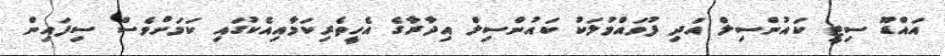
އައްޑޫ ސިޓީ ކައުންސިލް އަދި ފުވައްމުލަކު ކައުންސިލް އިދާރާގެ އެހީތެރިކަމާއިއެކުގައި ކަމަށްވެސް ސިފައިން